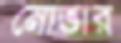
নোভার